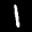
Label: 1